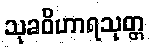
သုခဝိဟာရသုတ္တ